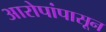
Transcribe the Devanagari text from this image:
आरोपांपासून